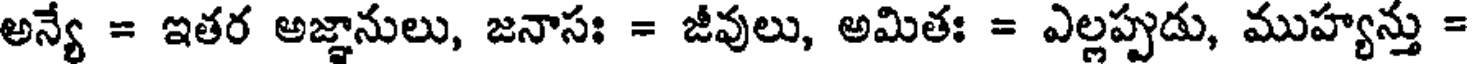
అన్యే = ఇతర అజ్ఞానులు, జనాసః = జీవులు, అమితః = ఎల్లప్పుడు, ముహ్యన్తు =